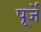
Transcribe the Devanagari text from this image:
पूर्जे